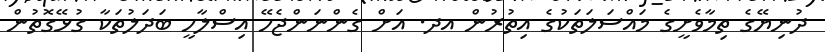
ދުނިޔޭގެ ތިމާވެށީގެ މައްސަލަތަކުގެ އިތުރުން އދ. އަށް ގެންނަންޖެހޭ އިސްލާހީ ބަދަލުތަކާ ގުޅޭގޮތުން